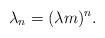
LaTeX: \begin{align*}\lambda_n=(\lambda{m})^n.\end{align*}